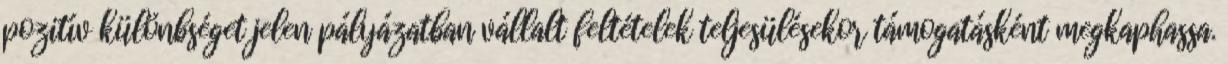
pozitív különbséget jelen pályázatban vállalt feltételek teljesülésekor támogatásként megkaphassa.